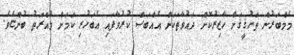
މެމްބަރުން ތަހުޤީޤަށް ހާޒިރުކޮށް ދައުވާތަކަށް އެއްބަސް ކުރުވާފައި އެބަހުރި ކަމަށް މުއްރަތު ބުންޏެވެ.